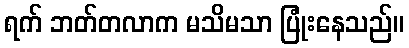
ရက် ဘတ်တလာက မသိမသာ ပြုံးနေသည်။